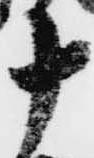
十